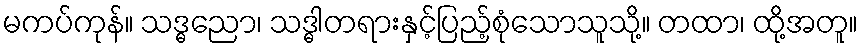
မကပ်ကုန်။ သဒ္ဓညော၊ သဒ္ဓါတရားနှင့်ပြည့်စုံသောသူသို့။ တထာ၊ ထို့အတူ။